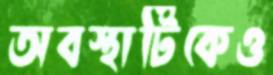
অবস্থাটিকেও